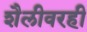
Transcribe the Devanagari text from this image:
शैलीवरही